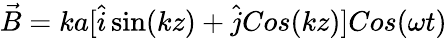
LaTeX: \vec{B}=ka[\hat{i}\sin(kz)+\hat{j}Cos(kz)]Cos(\omega t)